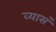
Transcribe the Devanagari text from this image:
व्यासं